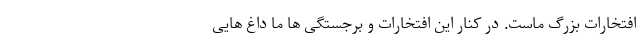
افتخارات بزرگ ماست. در کنار این افتخارات و برجستگی ها ما داغ هایی